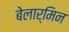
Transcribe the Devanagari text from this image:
बेलार्मिन